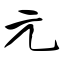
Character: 元